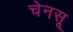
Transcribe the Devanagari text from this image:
चेनसू